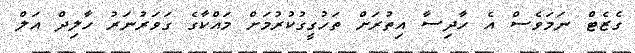
ގެޒެޓް ނަމަވެސް އެ ހާދިސާ އިތުރަށް ތަހުގީގުކުރުމަށް މައްކާގެ ގަވަރުނަރު ހާލިދް އަލް